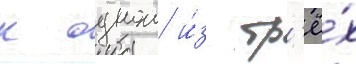
к однои и́з тр'ё́х